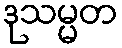
ဒုသမ္မတ